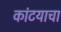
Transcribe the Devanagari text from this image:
कांटयाचा